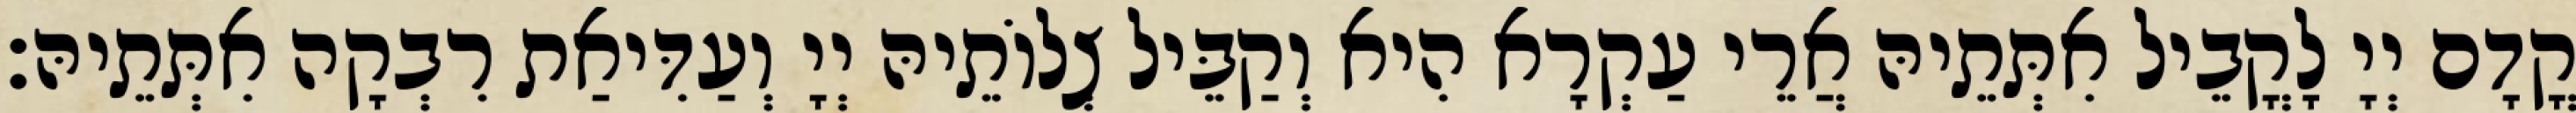
קֳדָם יְיָ לָקֳבֵיל אִתְּתֵיהּ אֲרֵי עַקְרָא הִיא וְקַבֵּיל צְלוֹתֵיהּ יְיָ וְעַדִּיאַת רִבְקָה אִתְּתֵיהּ׃